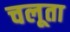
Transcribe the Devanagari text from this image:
चलूता